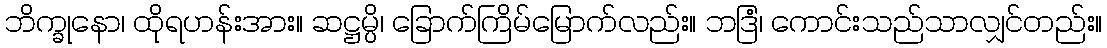
ဘိက္ခုနော၊ ထိုရဟန်းအား။ ဆဋ္ဌမ္ပိ၊ ခြောက်ကြိမ်မြောက်လည်း။ ဘဒြံ၊ ကောင်းသည်သာလျှင်တည်း။